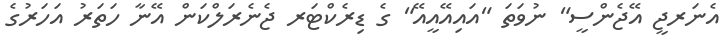
އެނަރޖީ އޭޖެންސީ" ނުވަތަ "އައިއޭއީއޭ" ގެ ޑިރެކްޓަރ ޖެނެރަލްކަން އޭނާ ހަތަރު އަހަރުގެ